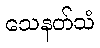
သေနတ်သံ